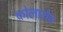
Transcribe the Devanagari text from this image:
कोलारोव